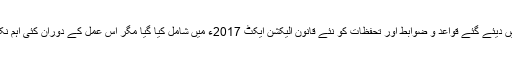
جب یہ آٹھ قانون منسوخ ہوئے تو ان قوانین میں دیئے گئے قواعد و ضوابط اور تحفظات کو نئے قانون الیکشن ایکٹ 2017ء میں شامل کیا گیا مگر اس عمل کے دوران کئی اہم نکات نئے قانون میں شامل ہونے سے رہ گئے۔